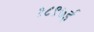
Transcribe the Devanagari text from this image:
१८९७ई